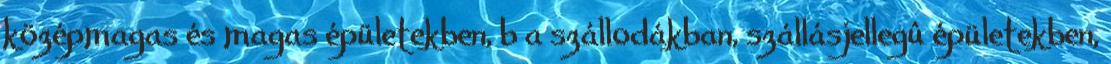
középmagas és magas épületekben, b a szállodákban, szállásjellegû épületekben,